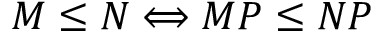
M \leq N \Longleftrightarrow M P \leq N P